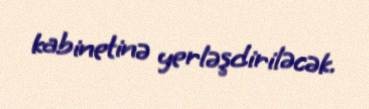
kabinetinə yerləşdiriləcək.